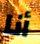
أنا